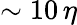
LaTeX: \sim 10\, \eta